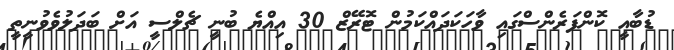
ޑުބާއީ ކޮންފަރެންސްގައި ވާހަކަދައްކަމުން ޓޮރޭޒް 30 އިއްޔެ ބުނީ ޗެލްސީ އަށް ބަދަލުވެވުނީތީ